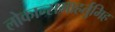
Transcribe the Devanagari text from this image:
लोकान्समाहर्तुमिह